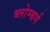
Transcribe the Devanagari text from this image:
ब्लोम्बर्ग